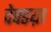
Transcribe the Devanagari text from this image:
देवडय़ा